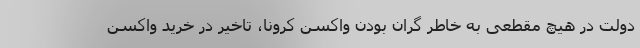
دولت در هیچ مقطعی به خاطر گران بودن واکسن کرونا، تاخیر در خرید واکسن